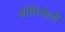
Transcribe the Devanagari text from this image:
बोतिचेली